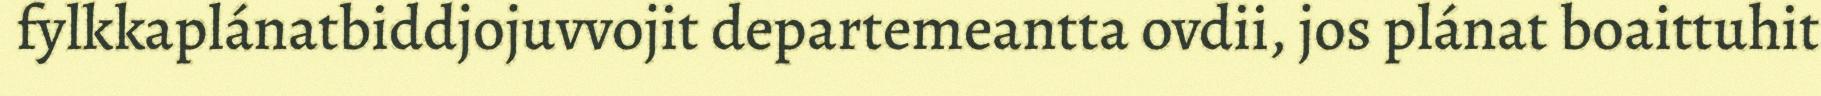
fylkkaplánatbiddjojuvvojit departemeantta ovdii, jos plánat boaittuhit